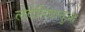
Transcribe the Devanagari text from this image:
लेवेनिवानुआ